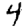
Digit: 4